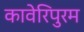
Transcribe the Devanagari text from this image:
कावेरिपुरम